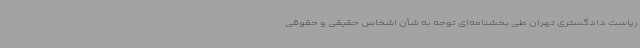
ریاست دادگستری تهران طی بخشنامه‌ای توجه به شأن اشخاص حقیقی و حقوقی